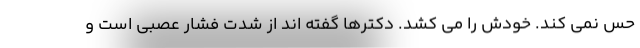
حس نمی کند. خودش را می کشد. دکترها گفته اند از شدت فشار عصبی است و